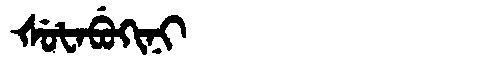
Manchu: ᡧᡠᡶᠠᠪᡠᡴᡳᠨᡳ
Romanization: ŠUFABUKINI